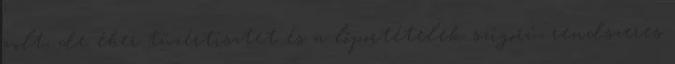
volt, de éber tüzértisztet és a lőportételek szigorú, rendszeres